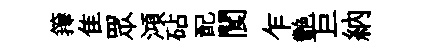
籜隹眾澒砧配閬乍艷巨納